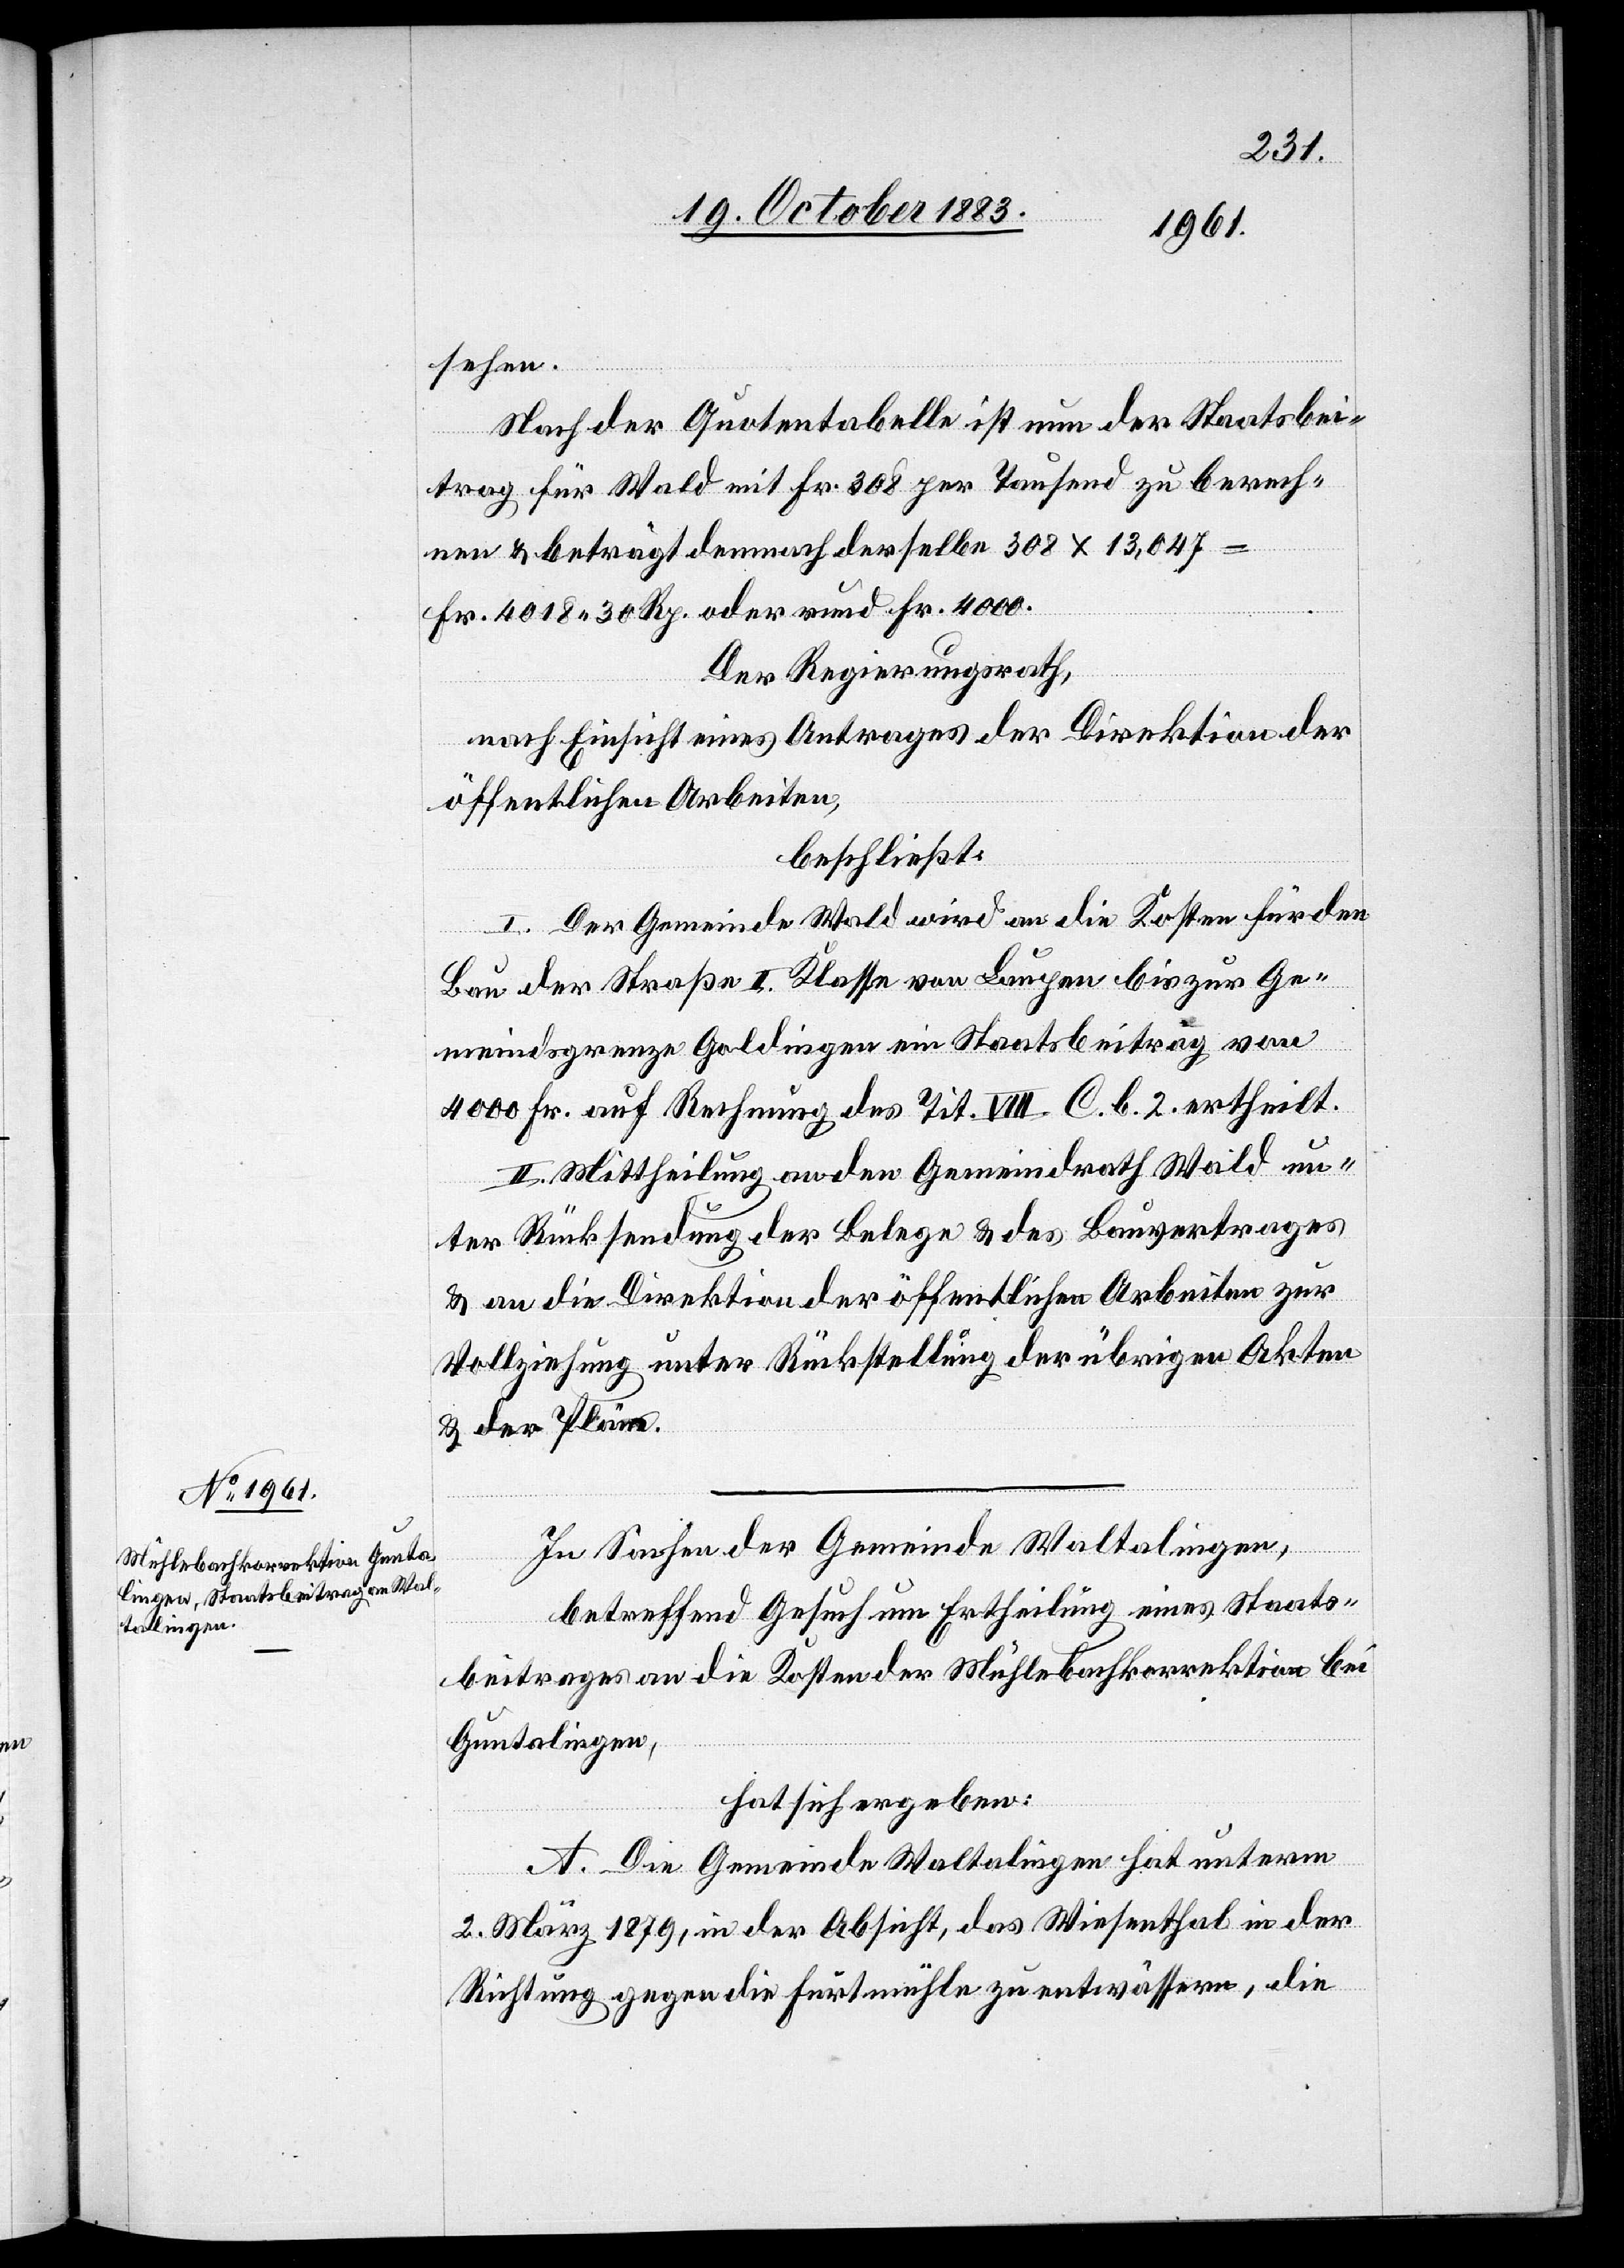
sehen.
Nach der Quotentabelle ist nun der Staatsbei¬
trag für Wald mit Fr. 308 per Tausend zu berech¬
nen & beträgt demnach derselbe 308 x 13,047
Fr. 4018 30 Rp. oder rund Fr. 4000.
Der Regierungsrath,
nach Einsicht eines Antrages der Direktion der
öffentlichen Arbeiten,
beschließt:
I. Der Gemeinde Wald wird an die Kosten für den
Bau der Straße II. Klasse von Laupen bis zur Ge¬
meindsgrenze Goldingen ein Staatsbeitrag von
4000 Fr. auf Rechnung des Tit. VIII. C. b. 2. ertheilt.
II. Mittheilung an den Gemeindrath Wald un¬
ter Rücksendung der Belege & des Bauvertrages
& an die Direktion der öffentlichen Arbeiten zur
Vollziehung unter Rückstellung der übrigen Akten
In Sachen der Gemeinde Waltalingen,
betreffen Gesuch um Ertheilung eines Staats¬
beitrages an die Kosten der Mühlebachkorrektion bei
Guntalingen,
hat sich ergeben:
A. Die Gemeinde Waltalingen hat unterm
2. März 1879, in der Absicht, das Wiesenthal in der
Richtung gegen die Furtmühle zu entwässern, die